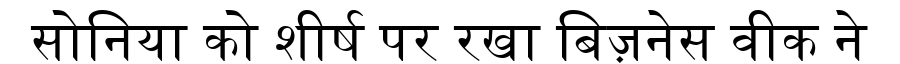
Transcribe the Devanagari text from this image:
सोनिया को शीर्ष पर रखा बिज़नेस वीक ने